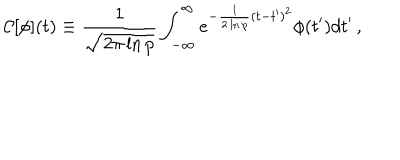
{ \cal C } [ \phi ] ( t ) \equiv { \frac { 1 } { \sqrt { 2 \pi \ln p } } } \int _ { - \infty } ^ { \infty } { e ^ { - { \frac { 1 } { 2 \ln p } } ( t - t ^ { \prime } ) ^ { 2 } } \phi ( t ^ { \prime } ) d t ^ { \prime } } \, ,